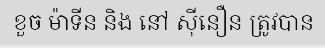
ខួច ម៉ាទីន និង នៅ ស៊ីនឿន ត្រូវបាន